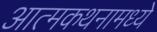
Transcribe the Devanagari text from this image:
आत्मकथनामध्ये